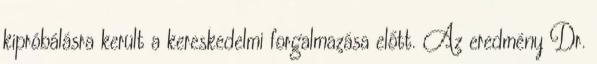
kipróbálásra került a kereskedelmi forgalmazása előtt. Az eredmény Dr.